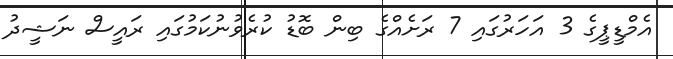
އެމްޑީޕީގެ 3 އަހަރުގައި 7 ރަށެއްގެ ބިން ބޮޑު ކުރެވުނުކަމުގައި ރައީސް ނަޝީދު